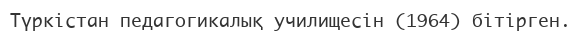
Түркістан педагогикалық училищесін (1964) бітірген.